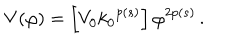
LaTeX: V ( \varphi ) = \left[ V _ { 0 } { k _ { 0 } } ^ { p ( s ) } \right] { \varphi } ^ { 2 p ( s ) } \, .